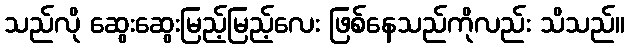
သည်လို ဆွေးဆွေးမြည့်မြည့်လေး ဖြစ်နေသည်ကိုလည်း သိသည်။